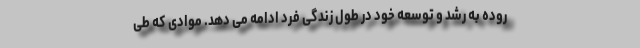
روده به رشد و توسعه خود در طول زندگی فرد ادامه می دهد. موادی که طی